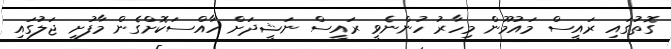
ގޮތުގައި ރައީސް މައުމޫން މިހާރު ހުންނެވީ ރައީސް ނަޝީދަށް ހާއްސަކޮށްގެން މާފުށީ ޖަލުގައި